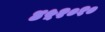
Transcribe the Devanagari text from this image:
४५२०१०